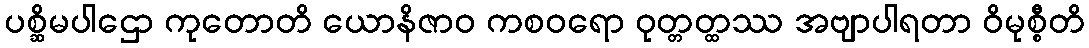
ပစ္ဆိမပါဌော ကုတောတိ ယောနိဇာဝ ကစဝရော ဝုတ္တတ္ထဿ အဗျာပါရတာ ဝိမုစ္စီတိ